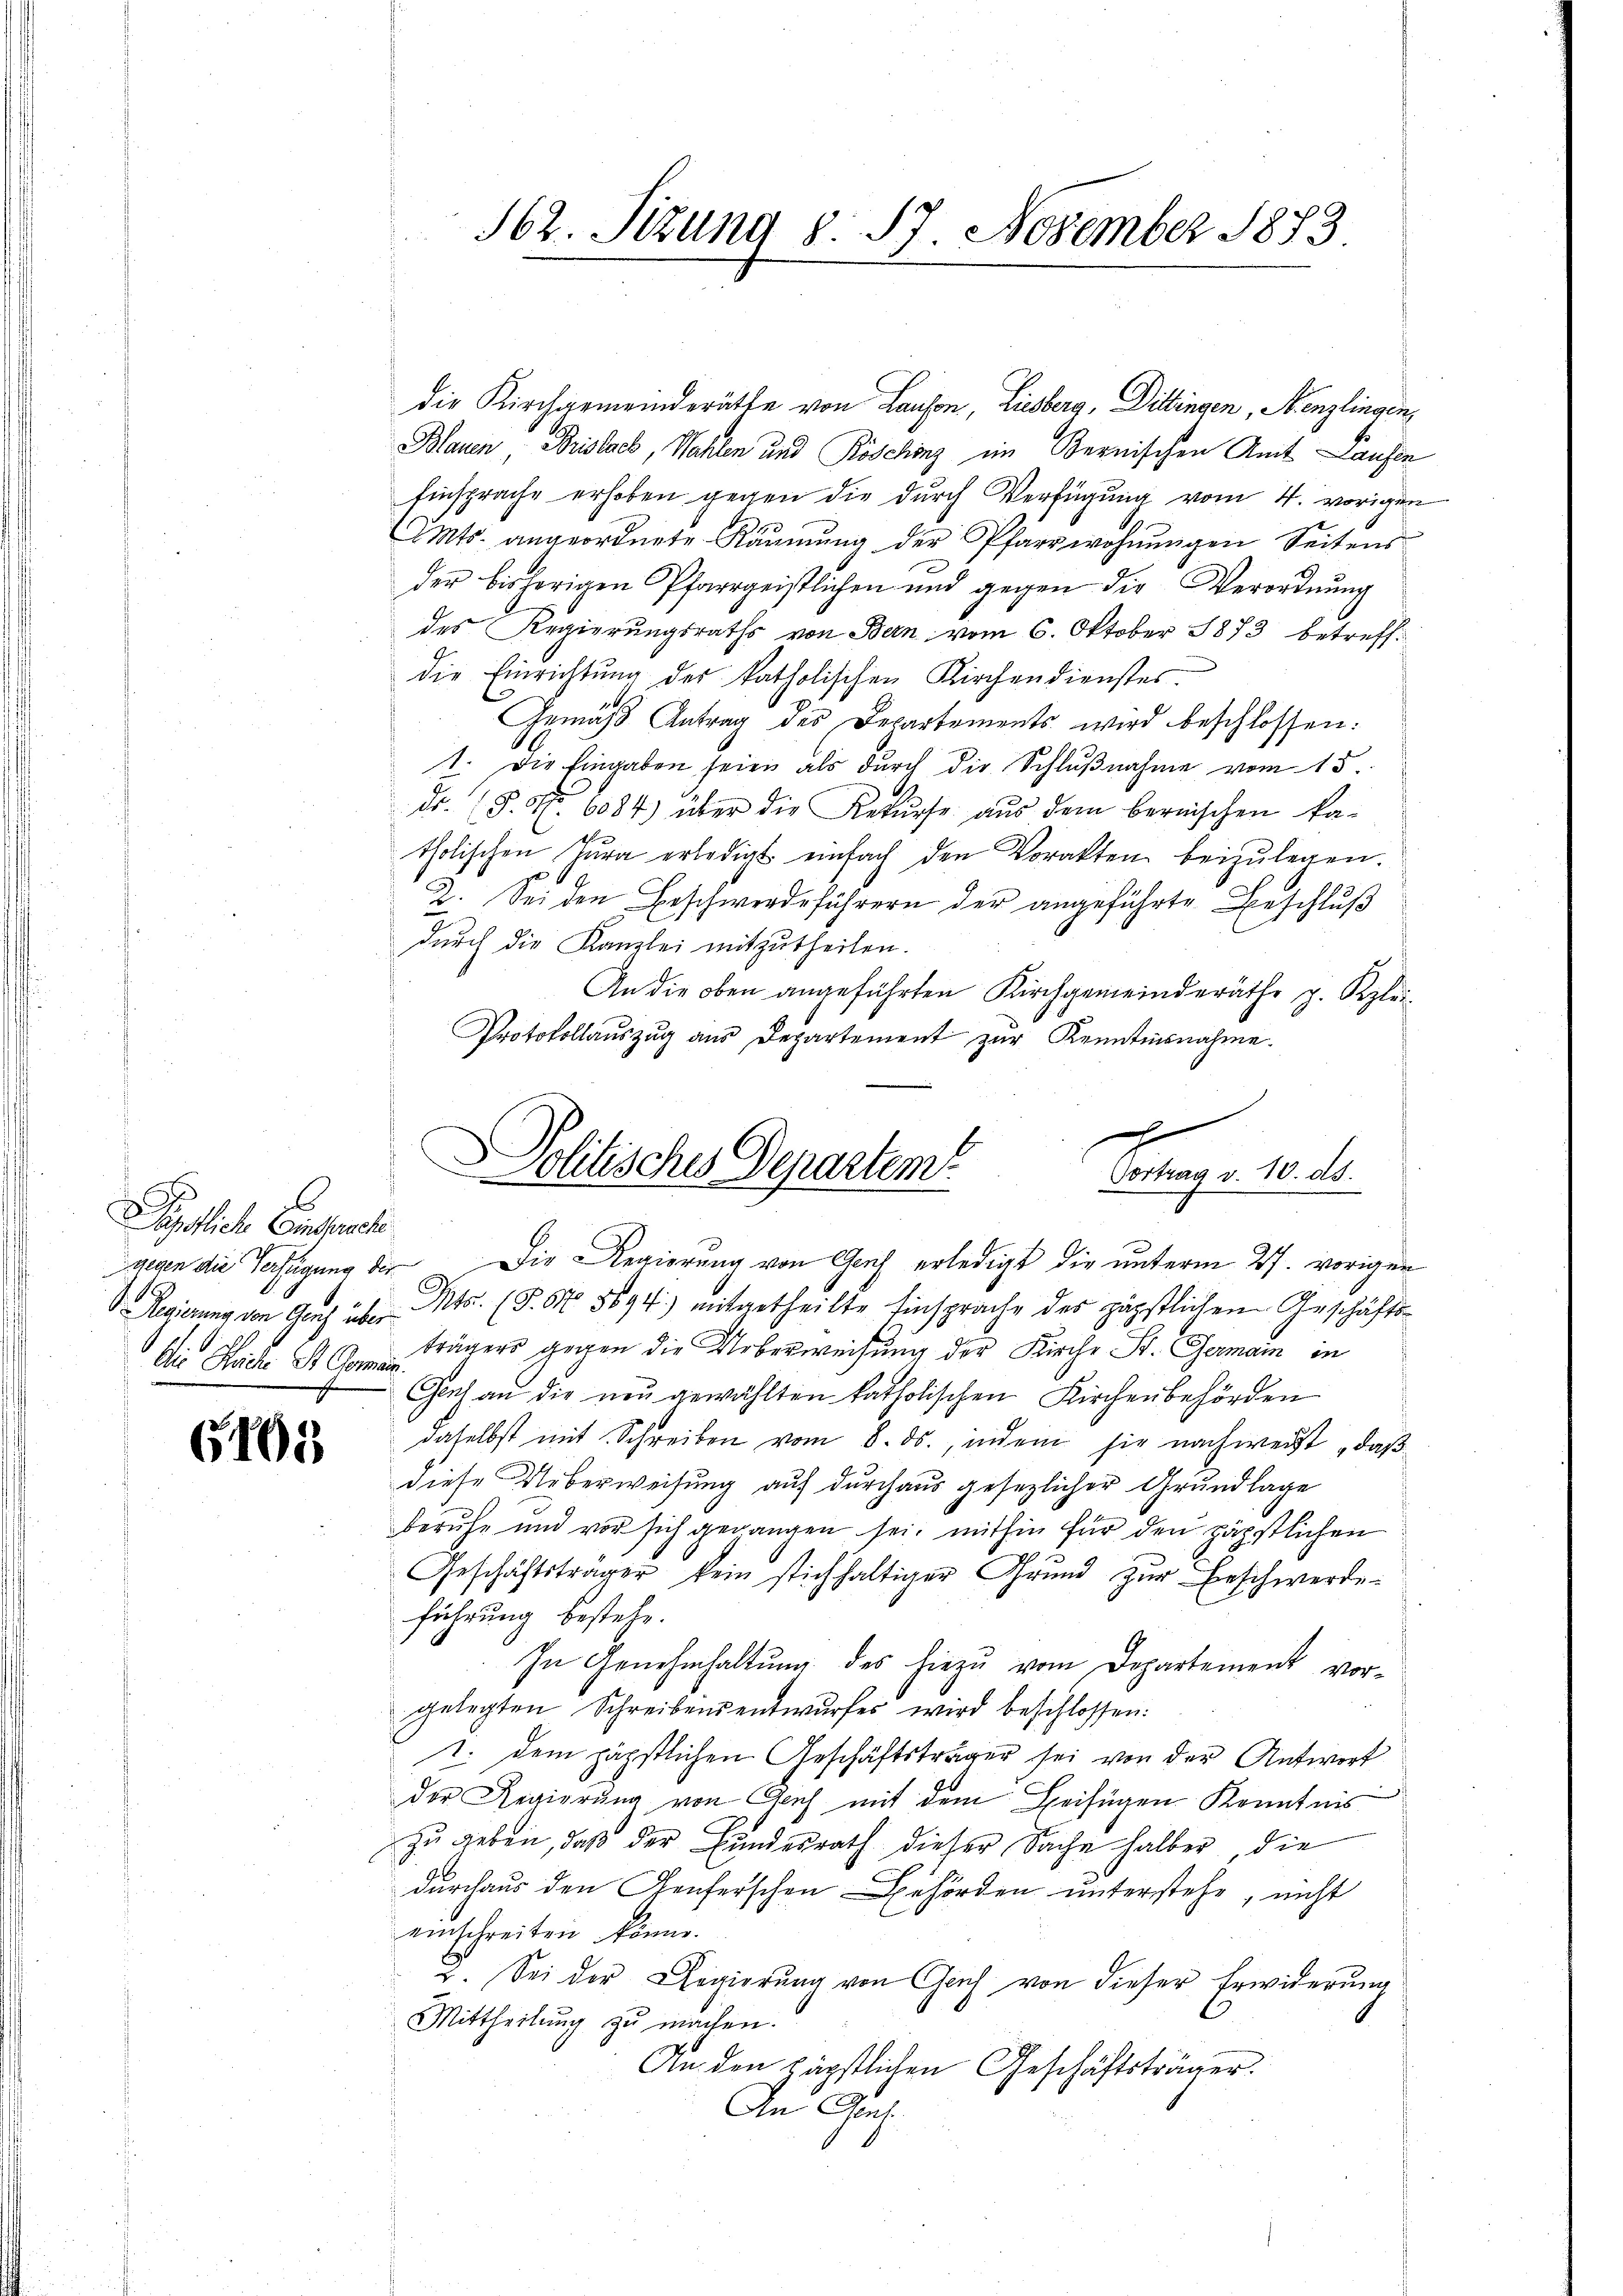
6
äpstlich Einfache
Die Siche St. Goman

6105

162. Sitzung § 57. November 1873

die Kirchgemeinderäthe von Lauson, Liesberg, Dittingen, Menzlingen,
Blauen, Brislach, Wahlen und Röschinz im Bernischen Amt Laufen
Einsprache erhoben gegen die durch Verfügung vom 4. vorigen
Mts. angeordnete Räumung der Pfarrwohnungen Seitens
der bisherigen Pfarrgeistlichen und gegen die Verordnŭng
des Regierungsraths von Bern vom 6. Oktober 1873 betreffdie Einrichtung des katholischen Kirchendienstes.
Gemäß Antrag des Departements wird beschlossen:
1. Die Eingaben seien als durch die Schlußnahme vom 15.
dr. (S. Nr. 6084) über die Rekŭrse aŭs dem bernischen Pa-
tholischen Tŭra erledigt einfach den Vorakten beizŭlegen.
2. Sei den Beschwerdeführern der angeführte Beschluß
durch die Kanzlei mitzutheilen.
An die oben angeführten Kirchgemeinderäthe p. Klei¬
Protokollauszug aus Departement zur Kenntnisnahme.

gegen die Verfügung des Die Regierung von Graf erledigt die unterm 27. vorigen
C
Regierung von Gas über. Mts. (T. S. 5894) mitgetheilte Einsprache der päpstlichen Geschäftsträgers gegen die Ueberweisung der Kirche St. Germain in
Geh an die neŭgewählten katholischen Kirchenbehörden
daselbst mit Schreiben vom 8. ds., indem sie nachweist „daß
diese Ueberweisung auf durchaus gesezlicher Grundlage
beruhe und vor sich gegangen sei, mithin für den zähstlichen
Geschäftsträger kein stichhaltiger Grund zŭr Beschwerde
führung bestehe.
In Genehmhaltŭng des hiezu vom Departement vor-
gelegten Schreibensentwŭrfes wird beschlossen:
1. dem päpstlichen Geschäftsträger sei von der Antwort
der Regierung von Geich mit dem Beifügen Kenntnis
zu geben, daß der Bundesrath dieser Sache halber, die
durchaus den Genferschen Behörden unterstehe, nicht
einschreiten könne.
2. Sei der Regierŭng von Gleich von dieser Erwiderung
Mittheilung zu machen.
An den päpstlichen Geschäftsträger.
An Genf.

g
Politisches Departem
Vortrag v. 10. ds.